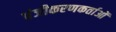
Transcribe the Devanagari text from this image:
पंजीकरणकर्ताओं